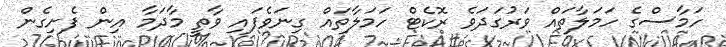
ހަމާސްގެ ހަމަލާތައް ވަރުގަދަވެ ރޮކެޓް ހަމަލާތައް ގިނަވެފައި ވާތީ މާދަމާ އިން ފެށިގެން